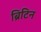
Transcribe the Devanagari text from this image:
ब्रिटिन